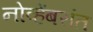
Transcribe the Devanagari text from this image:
नोव्हेंबरांत